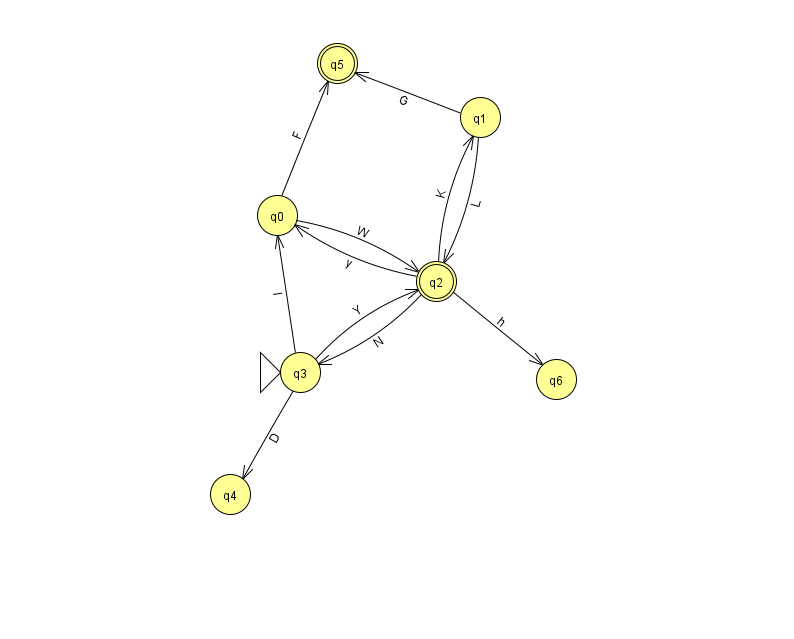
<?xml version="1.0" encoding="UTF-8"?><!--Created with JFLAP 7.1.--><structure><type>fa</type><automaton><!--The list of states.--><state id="0" name="q0"><x>277.0</x><y>202.0</y></state><state id="1" name="q1"><x>480.0</x><y>104.0</y></state><state id="2" name="q2"><x>436.0</x><y>268.0</y><final/></state><state id="3" name="q3"><x>300.0</x><y>359.0</y><initial/></state><state id="4" name="q4"><x>230.0</x><y>481.0</y></state><state id="5" name="q5"><x>337.0</x><y>50.0</y><final/></state><state id="6" name="q6"><x>556.0</x><y>366.0</y></state><!--The list of transitions.--><transition><from>1</from><to>5</to><read>G</read></transition><transition><from>3</from><to>4</to><read>D</read></transition><transition><from>2</from><to>6</to><read>h</read></transition><transition><from>2</from><to>0</to><read>y</read></transition><transition><from>3</from><to>0</to><read>l</read></transition><transition><from>0</from><to>2</to><read>W</read></transition><transition><from>2</from><to>1</to><read>K</read></transition><transition><from>2</from><to>3</to><read>N</read></transition><transition><from>3</from><to>2</to><read>Y</read></transition><transition><from>1</from><to>2</to><read>L</read></transition><transition><from>0</from><to>5</to><read>F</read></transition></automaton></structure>